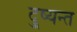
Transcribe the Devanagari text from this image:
दु्ष्यन्त